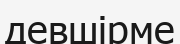
девшірме